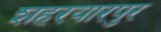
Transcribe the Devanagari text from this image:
शहरयारपुर